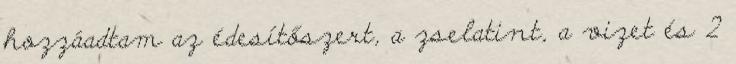
hozzáadtam az édesítőszert, a zselatint, a vizet és 2